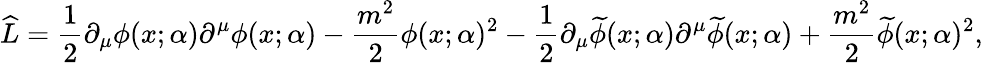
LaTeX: \widehat{L}=\frac{1}{2}\partial_{\mu}\phi(x;\alpha)\partial^{\mu}\phi(x;\alpha)-\frac{m^{2}}{2}\phi(x;\alpha)^{2}-\frac{1}{2}\partial_{\mu}\widetilde{\phi}(x;\alpha)\partial^{\mu}\widetilde{\phi}(x;\alpha)+\frac{m^{2}}{2}\widetilde{\phi}(x;\alpha)^{2},